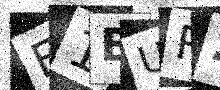
Text: F1BUR2